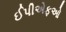
ઈપીએફઓ